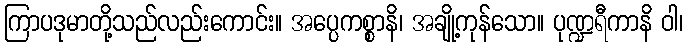
ကြာပဒုမာတို့သည်လည်းကောင်း။ အပ္ပေကစ္စာနိ၊ အချို့ကုန်သော။ ပုဏ္ဍရီကာနိ ဝါ၊